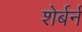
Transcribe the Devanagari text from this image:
शेर्बर्न